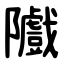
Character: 隵